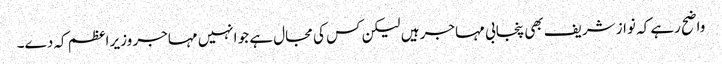
واضح رہے کہ نواز شریف بھی پنجابی مہاجر ہیں لیکن کس کی مجال ہے جو انہیں مہاجر وزیر اعظم کہ دے۔